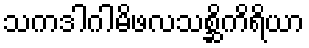
သကဒါဂါမိဖလသစ္ဆိကိရိယာ